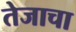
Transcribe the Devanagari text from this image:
तेजाचा